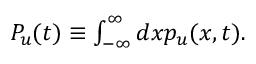
\begin{array} { r } { P _ { u } ( t ) \equiv \int _ { - \infty } ^ { \infty } d x p _ { u } ( x , t ) . } \end{array}